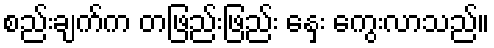
စည်းချက်က တဖြည်းဖြည်း နှေး ကွေးလာသည်။